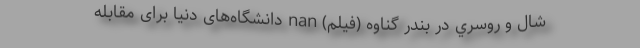
شال و روسري در بندر گناوه (فیلم) nan دانشگاه‌های دنیا برای مقابله